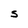
Character: S